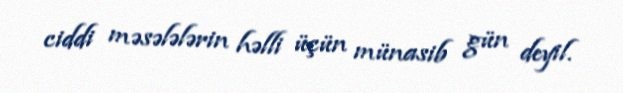
ciddi məsələlərin həlli üçün münasib gün deyil.